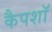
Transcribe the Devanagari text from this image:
कैपशॉ